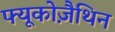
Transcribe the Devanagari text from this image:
फ्यूकोज़ैथिन